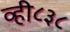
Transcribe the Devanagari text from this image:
व्ही८३८